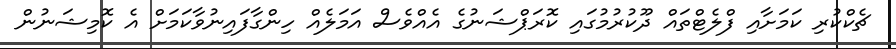
ޗެކްކުރި ކަމަށާއި ފްލެޓްތައް ދޫކުރުމުގައި ކޮރަޕްޝަނުގެ އެއްވެސް އަމަލެއް ހިންގާފައިނުވާކަމަށް އެ ކޮމިޝަނުން